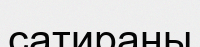
сатираны